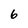
Character: 6